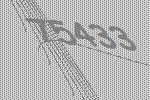
75433